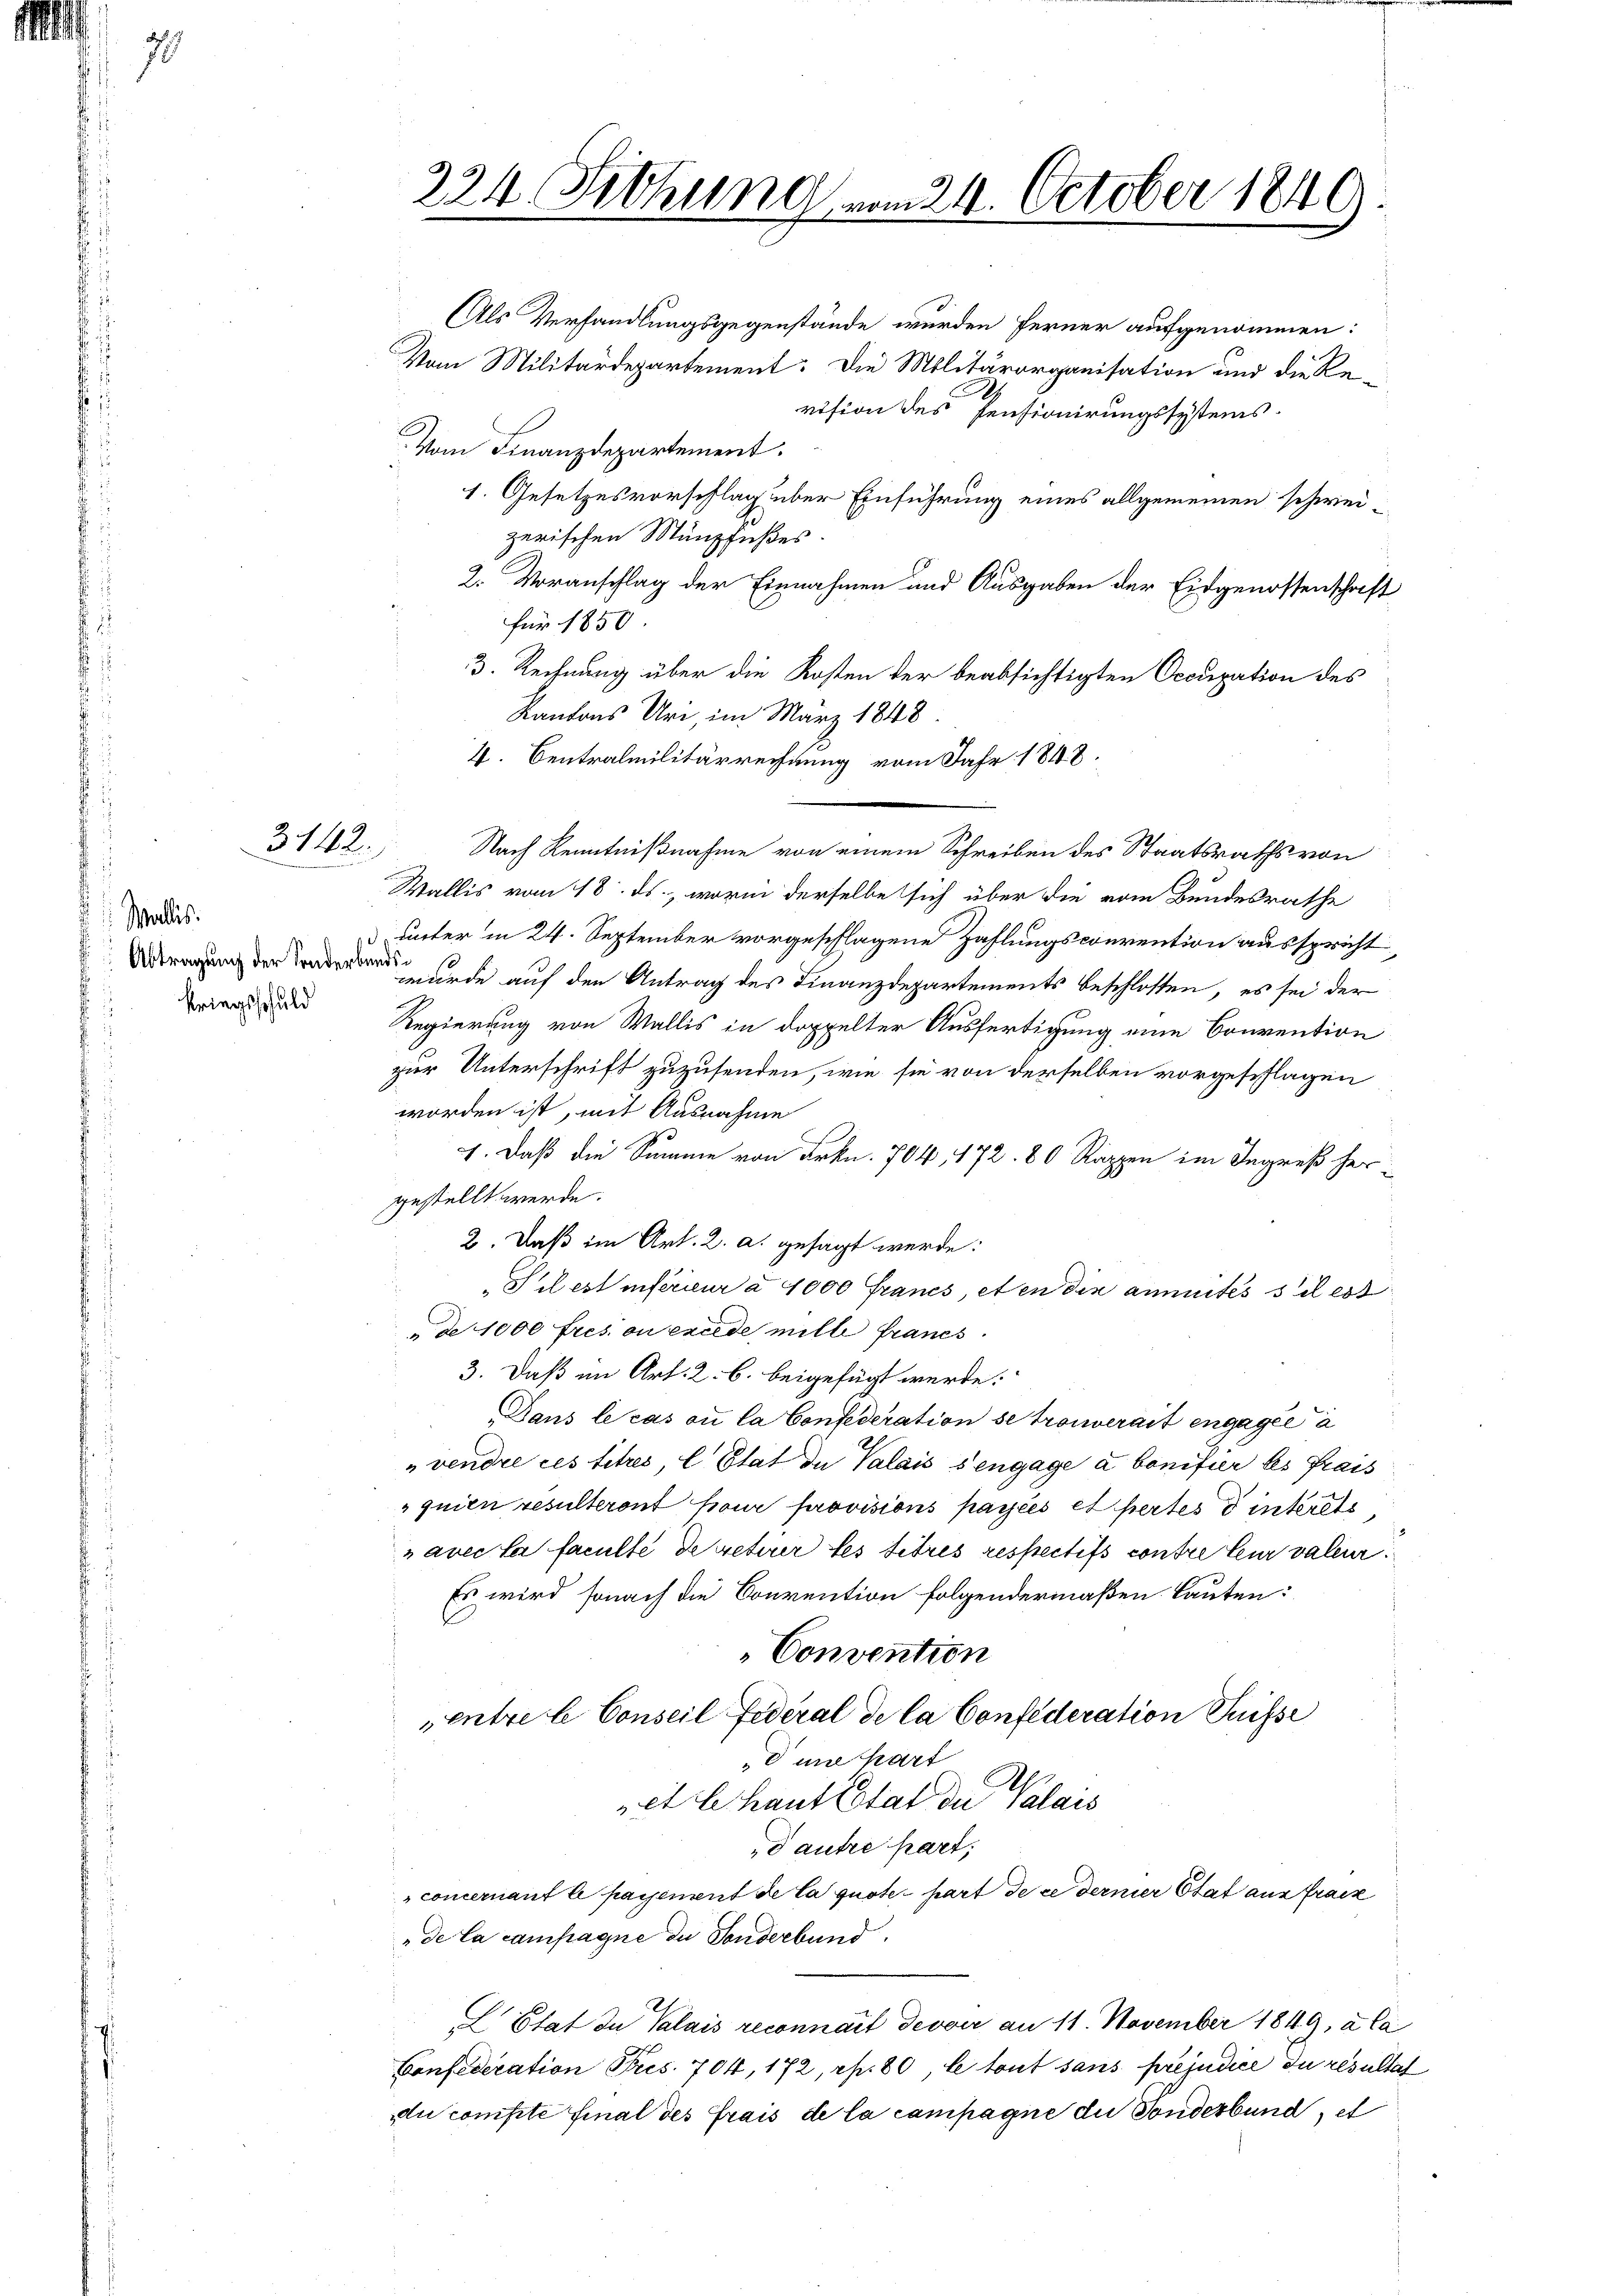
l

70

Wallis.
kriegsschuld

3142.

224 (Tithung vom 24. October 1849.

Als Verhandlungsgegenstände wurden ferner aufgenommen:
Vom Militärdepartement: Die Militärorganisation und die Revision des Pensionirungssystems.
Vom Finanzdepartement.
1. Gesetzesvorschlag über Einführung eines allgemeinen schweizerischen Münzfußes.
2. Voranschlag der Einnahmen und Ausgaben der Eidgenossenschaft
für 1850.
3. Rechnung über die Kosten der beabsichtigten Occupation des
Kantons Uri, im März 1848
4. Centralmilitärrechnung vom Jahr 1848.
Nach Kenntnißnahme von einem Schreiben des Staatsraths von
Wallis vom 18. ds., worin derselbe sich über die vom Bundesrathe
 unter in 24. September vorgeschlagene Zahlungsconvention ausspricht,
Abtragung der Sonderen unde auf den Antrag des Finanzdepartements beschlossen, es sei der
Regierung von Wallis in doppelter Ausfertigung eine Convention
zur Unterschrift zuzusenden, wie sie von derselben vorgeschlagen
worden ist, mit Ausnahme
s
1. Daß die Summe von Frkn. 704, 172. 80 Rappen im Ingreß hergestellt werde.
2. Daß im Art. 2. a. gesagt werde:
Sil est inférieur à 1000 Francs, et en die ammités s il est
de 1000 fres ou exelde mille francs
3. Daß im Art. 2. b. beigefügt werde.
Dans le cas ou la Confederation se trouverait engagée a
„vendre ces titres, l Etat de Valais s’engage a bonifier des frais
quien resulteront pour provisions payées et pertes d interst
avec le faculte dereterer les titres respectifs contre leur valeur.
Es wird sonach die Convention folgendermaßen Bauten:
Convention
entrete Conseil fédéral de la Confederation Suisse
d une hart
et behaut Estat der Valais
d autre part,
concernant le payement de la quote hart de ce dernier Stat aus frais
„de la campagne de Sonderbund
L Etat in Valais reconnait Gevoir an 11. November 1849, à la
Confederation Pris. 704, 172, rp. 80, le tout sans préjudice in resultat
du compte final des frais de la campagne die Sonderbundet